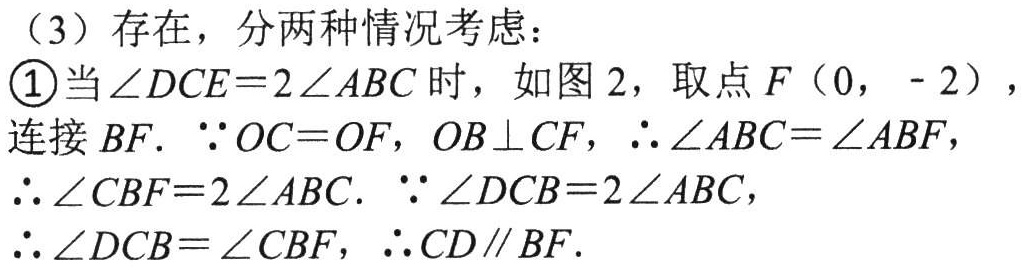
（3）存在，分两种情况考虑：
\textcircled{1}当\(\angle DCE = 2\angle ABC\)时，如图 2，取点\(F(0, - 2)\)，连接\(BF\). \(\because OC = OF\)，\(OB\perp CF\)，\(\therefore\angle ABC=\angle ABF\)，\(\therefore\angle CBF = 2\angle ABC\). \(\because\angle DCB = 2\angle ABC\)，\(\therefore\angle DCB=\angle CBF\)，\(\therefore CD\parallel BF\).